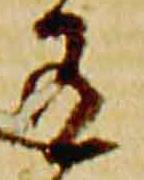
有